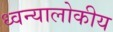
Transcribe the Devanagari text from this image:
ध्वन्यालोकीय